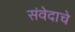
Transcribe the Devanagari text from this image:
संवेदाचे